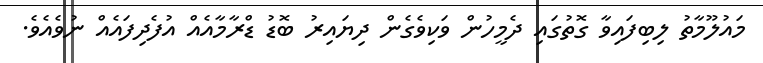
މައުލޫމާތު ލިބިފައިވާ ގޮތުގައި ދެމީހުން ވަކިވެގެން ދިޔައިރު ބޮޑު ޑްރާމާއެއް އުފެދިފައެއް ނުވެއެވެ.